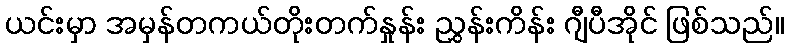
ယင်းမှာ အမှန်တကယ်တိုးတက်နှုန်း ညွှန်းကိန်း ဂျီပီအိုင် ဖြစ်သည်။